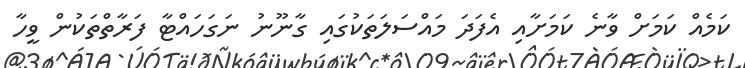
ކަމެއް ކަމަށް ވާނެ ކަމަށާއި އެފަދަ މައްސަލަތަކުގައި ގާނޫނު ނަގަހައްޓާ ފަރާތްތަކުން ވީހާ